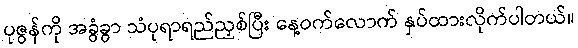
ပုဇွန်ကို အခွံခွာ သံပုရာရည်ညှစ်ပြီး နေ့ဝက်လောက် နှပ်ထားလိုက်ပါတယ်။